Annual report of the Punjab Veterinary College and of the Civil Veterinary Department, Punjab - 1920-1925
Year: 1920
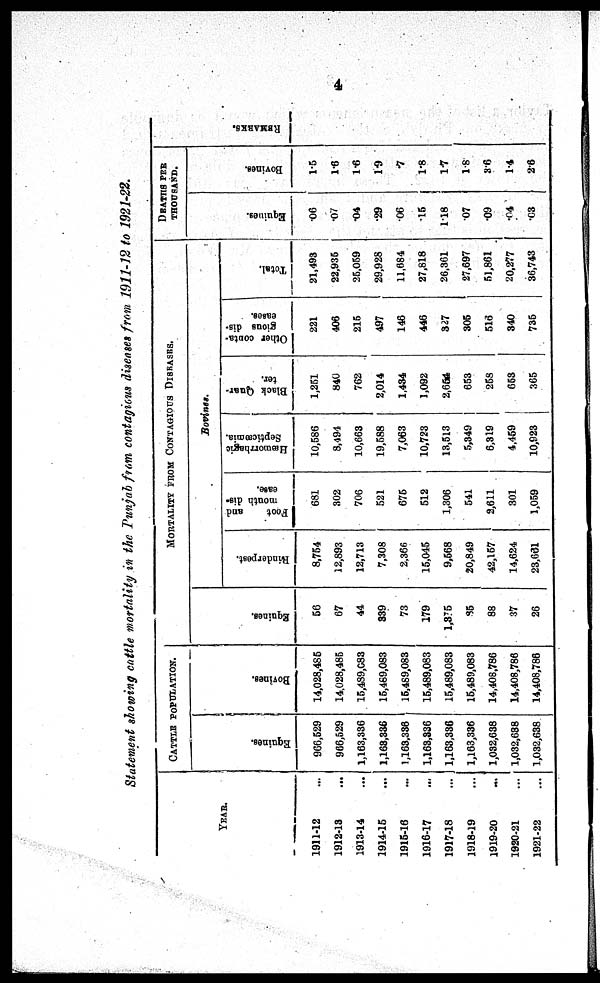
4
Statement showing cattle mortality in the Punjab f'rom contagious diseases from 1911-12 to 1921-22.
YEAR.
1911-12 ...
1912-13 ...
1913-14 ...
1914-15 ...
1915-16 ...
1916-17 ...
1917-18 ...
1918-19 ...
1919-20 ...
1920-21 ...
1921-22 ...
CATTLE POPULATION.
Equi ne s .
966, 529
966, 529
1, 163, 336
1, 163, 336
1, 163, 336
1, 163, 336
1, 163, 336
1, 163, 336
1, 032, 638
1, 032, 638
1, 032, 638
Bovi ne s .
14, 028, 485
14, 028, 485
15, 489, 083
15, 469, 083
15, 489, 083
15, 489, 083
15, 489, 083
15, 489, 083
14, 408, 786
14, 408, 786
14, 408, 786
Equi ne s .
56
67
44
339
73
179
1, 375
85
88
37
26
MORTALITY FROM CONTAGIOUS DISEASES.
Rinderpest.
8, 754
12, 893
12, 713
7, 308
2, 366
15, 045
9, 568
20, 849
42, 157
14, 624
23, 661
Foot and
mouth dis-
ease.
681
302
706
521
675
512
1, 306
541
2, 611
301
1, 059
Bovines.
Hæmorrhagic
Septicæmia.
10, 586
8, 494
10, 663
19, 588
7, 063
10, 723
13, 513
5, 349
6, 319
4, 459
10, 923
Black Quar-
ter.
1, 251
840
762
2, 014
1, 434
1, 092
2, 654
653
258
653
365
Other conta-
gious dis-
eases.
221
406
215
497
146
446
327
305
516
340
735
Total.
21, 493
22, 935
25, 059
29, 928
11, 684
27, 818
26, 361
27, 697
51, 861
20, 277
36, 743
DEATHS PER THOUSAND.
Equities.
.06
.07
.04
. 29
.06
15
118
.07
.09
.04
.03
Bovines.
1. 5
1. 6
1. 6
1. 9
.7
1. 8
1. 7
1. 8
3.6
1. 4
2. 6
REMARKS.